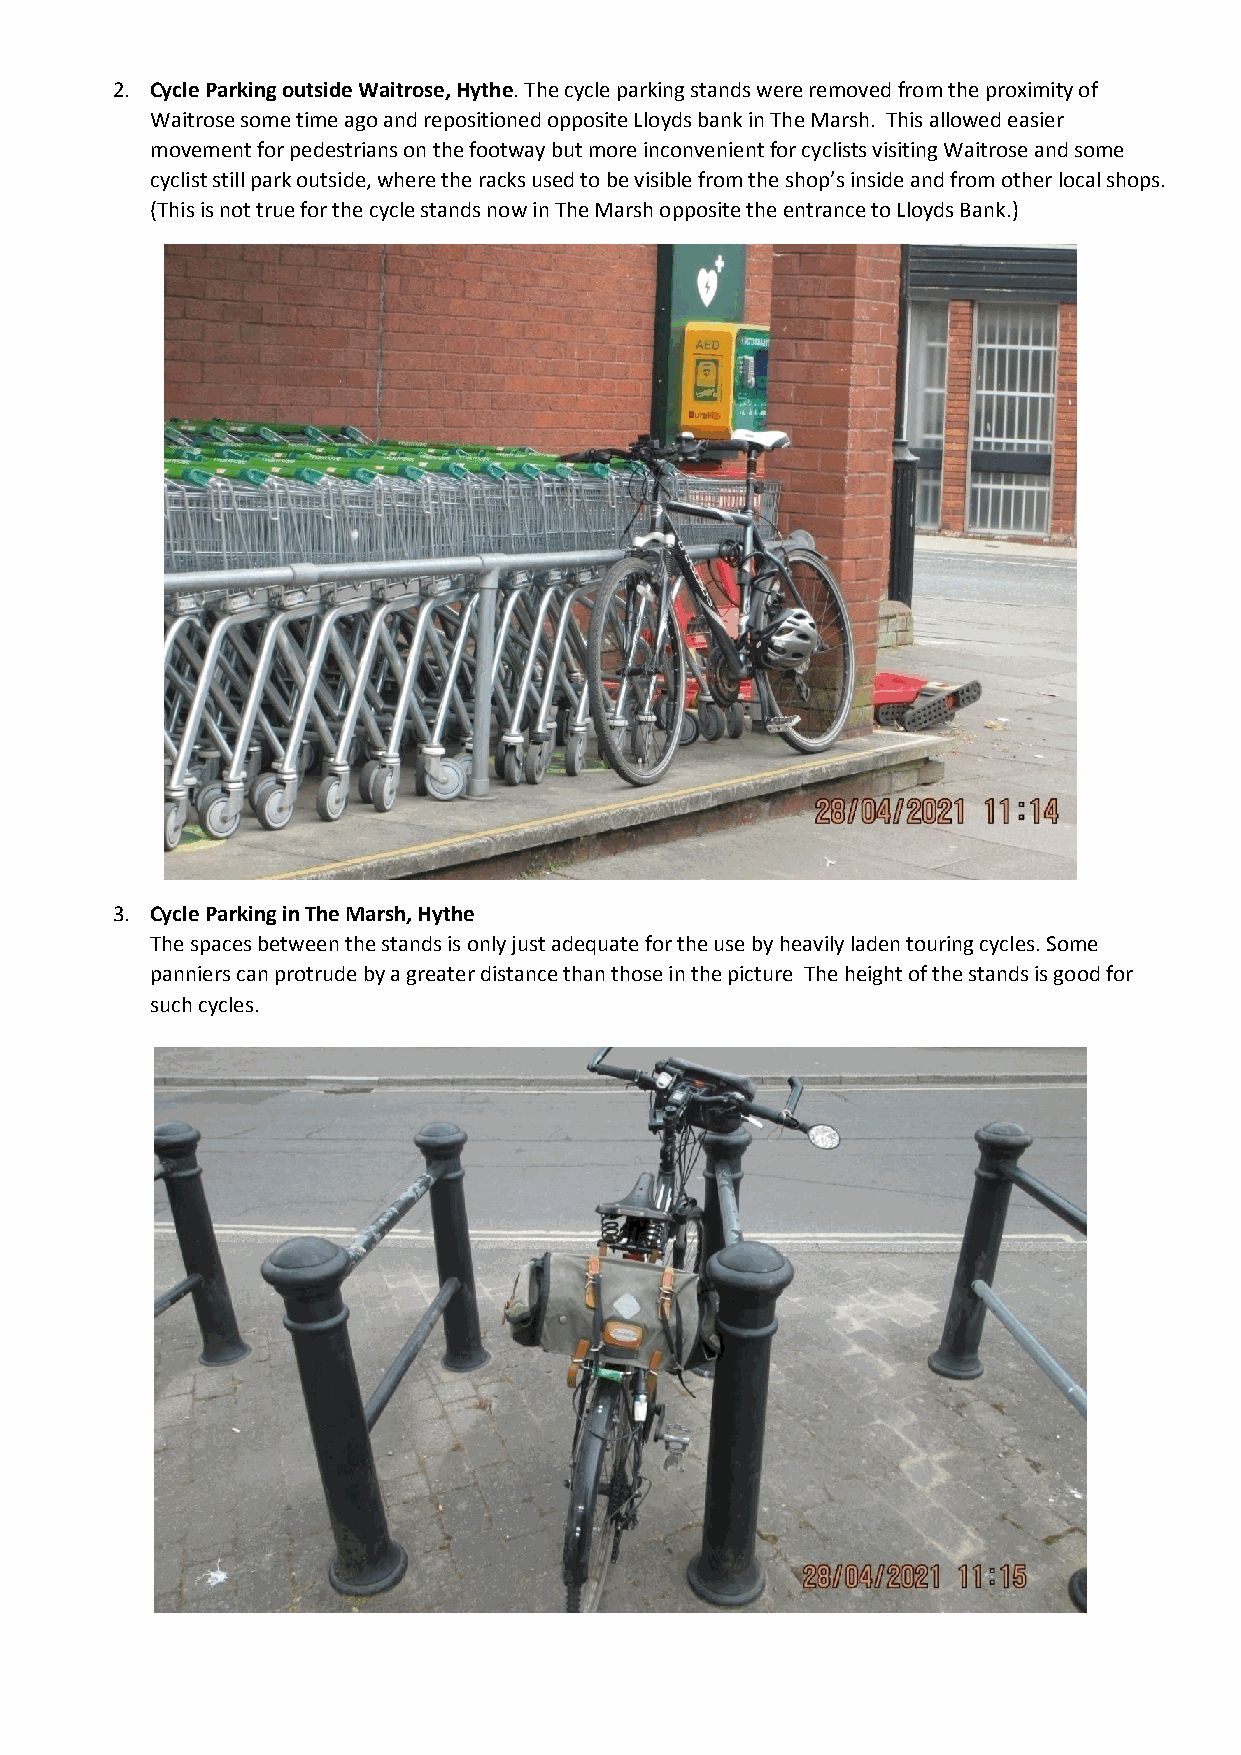
2. Cycle Parking outside Waitrose, Hythe. The cycle parking stands were removed from the proximity of
 Waitrose some time ago and repositioned opposite Lloyds bank in The Marsh. This allowed easier
 movement for pedestrians on the footway but more inconvenient for cyclists visiting Waitrose and some
 cyclist still park outside, where the racks used to be visible from the shop’s inside and from other local shops.
 (This is not true for the cycle stands now in The Marsh opposite the entrance to Lloyds Bank.)
 3. Cycle Parking in The Marsh, Hythe
 The spaces between the stands is only just adequate for the use by heavily laden touring cycles. Some
 panniers can protrude by a greater distance than those in the picture The height of the stands is good for
 such cycles.